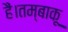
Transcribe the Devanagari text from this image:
हैं।तम्बाकू